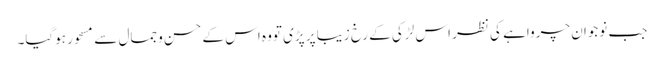
جب نوجوان چرواہے کی نظر اس لڑکی کے رخِ زیبا پر پڑی تووہ اس کے حسن وجمال سے مسحور ہوگیا۔